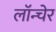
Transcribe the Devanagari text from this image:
लॉन्चेर